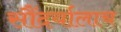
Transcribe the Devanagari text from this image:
सौंदर्यालाच